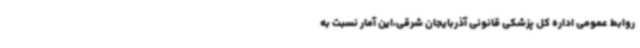
روابط عمومی اداره کل پزشکی قانونی آذربایجان شرقی،این آمار نسبت به